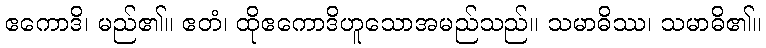
ဧကောဒိ၊ မည်၏။ ဧတံ၊ ထိုဧကောဒိဟူသောအမည်သည်။ သမာဓိဿ၊ သမာဓိ၏။